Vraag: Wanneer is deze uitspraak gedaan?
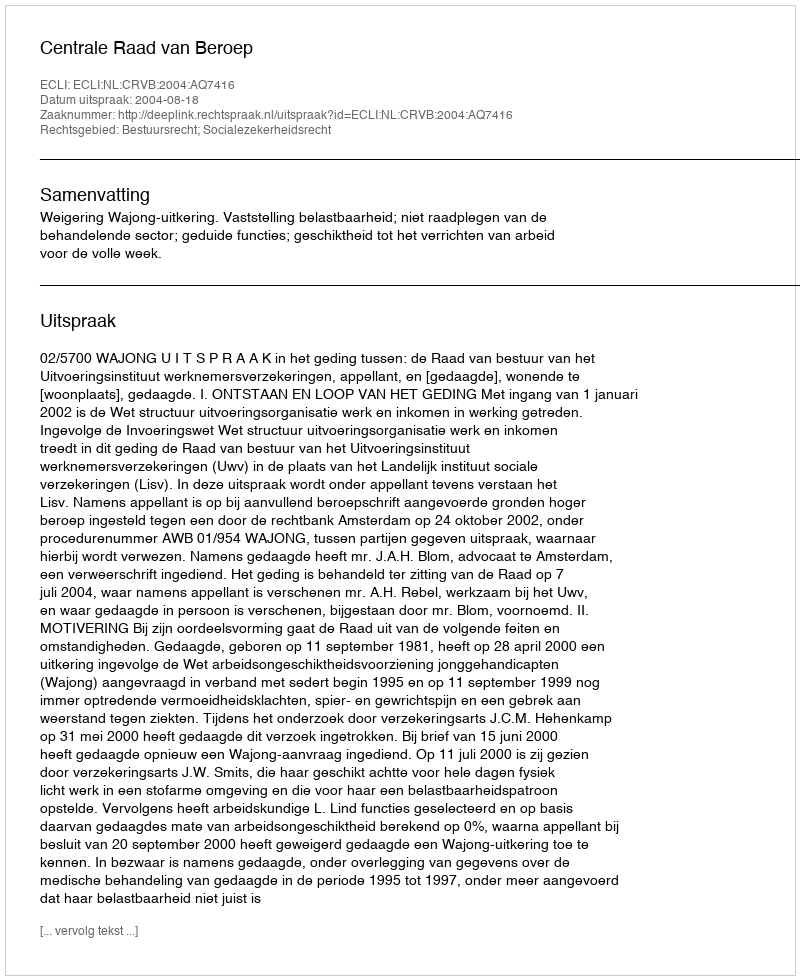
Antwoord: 2004-08-18